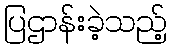
ပြဌာန်းခဲ့သည့်